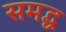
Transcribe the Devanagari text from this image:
समद्ध